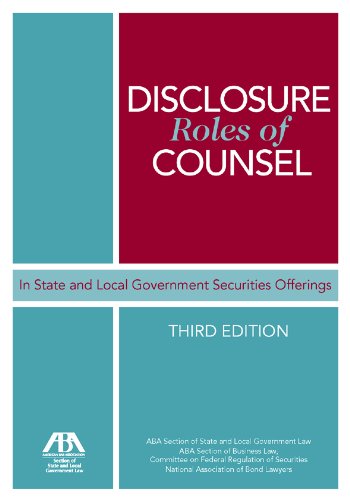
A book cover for Disclosure Roles of Counsel in State and Local Government Securities Offerings; American Bar Association; Law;